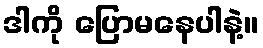
ဒါကို ပြောမနေပါနဲ့။